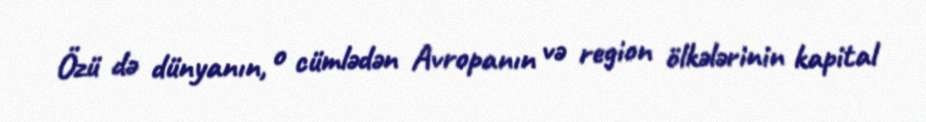
Özü də dünyanın, o cümlədən Avropanın və region ölkələrinin kapital